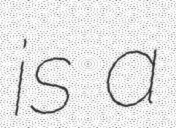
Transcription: is a